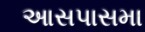
આસપાસમા